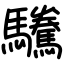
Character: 驣